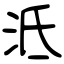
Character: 泜